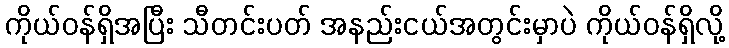
ကိုယ်ဝန်ရှိအပြီး သီတင်းပတ် အနည်းငယ်အတွင်းမှာပဲ ကိုယ်ဝန်ရှိလို့